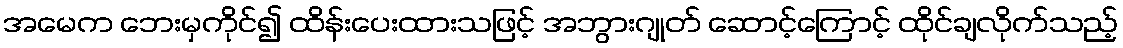
အမေက ဘေးမှကိုင်၍ ထိန်းပေးထားသဖြင့် အဘွားဂျုတ် ဆောင့်ကြောင့် ထိုင်ချလိုက်သည့်